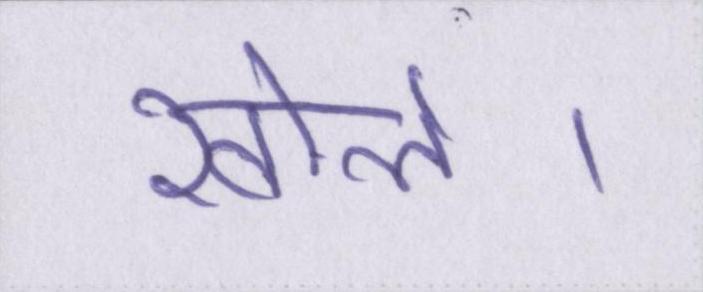
खोले।